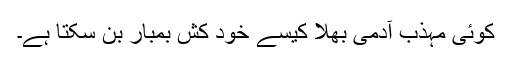
کوئی مہذب آدمی بھلا کیسے خود کش بمبار بن سکتا ہے۔